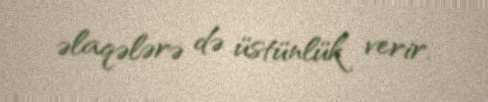
əlaqələrə də üstünlük verir.